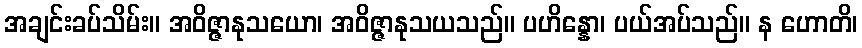
အချင်းခပ်သိမ်း။ အဝိဇ္ဇာနုသယော၊ အဝိဇ္ဇာနုသယသည်။ ပဟိန္နော၊ ပယ်အပ်သည်။ န ဟောတိ၊